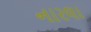
નારલા